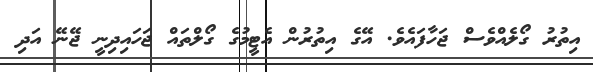
އިތުރު ގޯލެއްވެސް ޖަހާފައެވެ. އޭގެ އިތުރުން އެޓީމުގެ ގޯލްތައް ޖަހައިދިނީ ޖޭނޭ އަދި